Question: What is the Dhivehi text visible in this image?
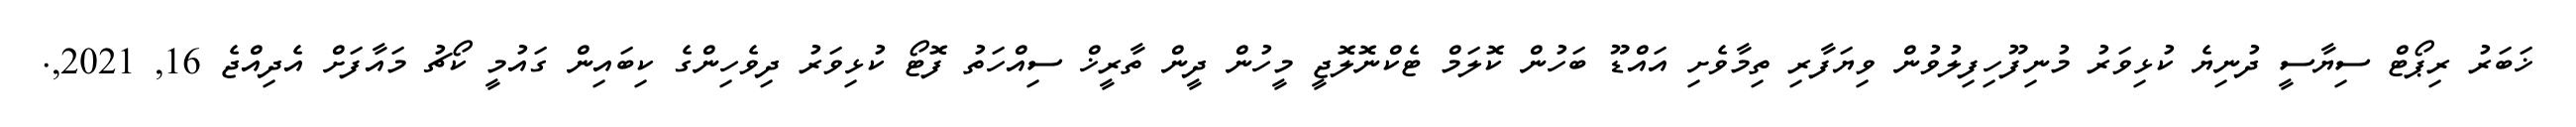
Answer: ޚަބަރު ރިޕޯޓް ސިޔާސީ ދުނިޔެ ކުޅިވަރު މުނިފޫހިފިލުވުން ވިޔަފާރި ތިމާވެށި އައްޑޫ ބަހުން ކޮލަމް ޓެކްނޮލޮޖީ މީހުން ދީން ތާރީޚް ސިއްހަތު ފޮޓޯ ކުޅިވަރު ދިވެހިންގެ ކިބައިން ގައުމީ ކޯޗު މައާފަށް އެދިއްޖެ 16, 2021,.